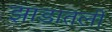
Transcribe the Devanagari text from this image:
झाडातली